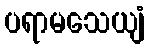
ပရာမသေယျံ